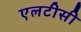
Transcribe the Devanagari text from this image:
एलटीसी